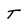
Character: T